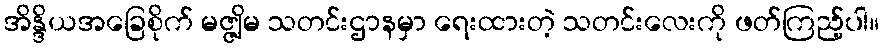
အိန္ဒိယအခြေစိုက် မဇ္ဇျိမ သတင်းဌာနမှာ ရေးထားတဲ့ သတင်းလေးကို ဖတ်ကြည့်ပါ။